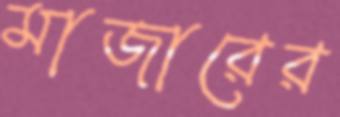
মাজারের